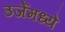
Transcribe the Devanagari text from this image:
उर्जेमध्ये